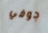
جوفي